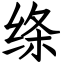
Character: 绦